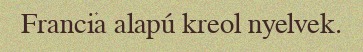
Francia alapú kreol nyelvek.